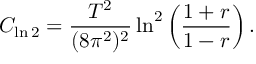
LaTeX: C _ { \ln 2 } = \frac { T ^ { 2 } } { ( 8 \pi ^ { 2 } ) ^ { 2 } } \ln ^ { 2 } \left( \frac { 1 + r } { 1 - r } \right) .